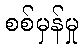
စစ်မှန်မှု